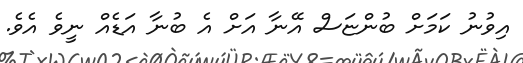
އިވުނު ކަމަށް ބުންޏަސް އޭނާ އަށް އެ ބުނާ އަޑެއް ނީވެ އެވެ.